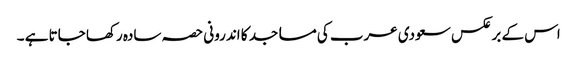
اس کے برعکس سعودی عرب کی مساجد کا اندرونی حصہ سادہ رکھا جاتا ہے ۔